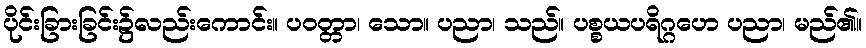
ပိုင်းခြားခြင်း၌လည်းကောင်း။ ပဝတ္တာ၊ သော။ ပညာ၊ သည်။ ပစ္စယပရိဂ္ဂဟေ ပညာ၊ မည်၏။